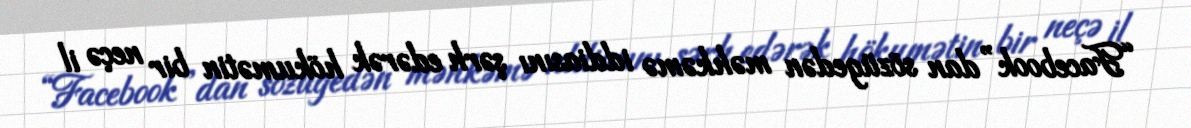
“Facebook”dan sözügedən məhkəmə iddiasını şərh edərək hökumətin bir neçə il